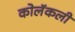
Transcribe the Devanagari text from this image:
कोलॅकली